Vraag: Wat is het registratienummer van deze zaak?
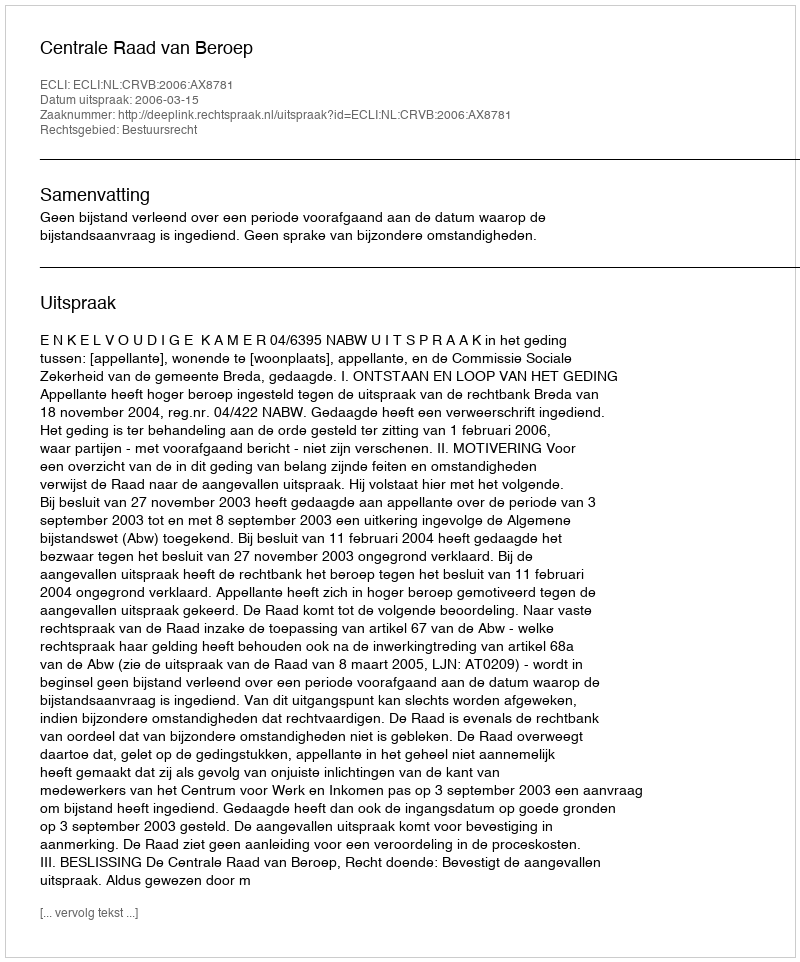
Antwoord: http://deeplink.rechtspraak.nl/uitspraak?id=ECLI:NL:CRVB:2006:AX8781